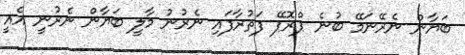
ބަޔާން ނެރޭނަމޭ ބުނެ ޕްރޮޕޭ ފަތުރާފައި ނެރުނު މާލީ ބަޔާން ނެރުނީ އެއީ